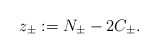
\begin{align*}z_\pm:=N_{\pm}-2C_{\pm}.\end{align*}